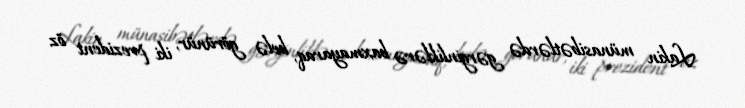
Lakin münasibətlərdə gərginliklərə baxmayaraq, belə görünür, iki prezident öz